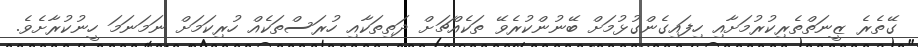
ގޭތެރެ ޒީނަތްތެރިކުރުމަށާއި ހިފައިގެންގުޅުމަށް ބޭނުންކުރެވޭ ތަކެއްޗަށް ދަތިތަކާއި ހުރަސްތަކެއް ހުރިކަމަށް ނަމަނަމަ ހީނުކުރާށެވެ.